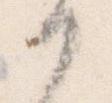
か